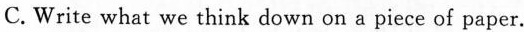
.C.Write what we think down on a piece of paper.